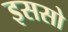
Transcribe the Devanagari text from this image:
इससो